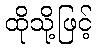
ထိုသို့ဖြင့်